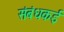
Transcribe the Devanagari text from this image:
संबंधकई